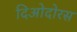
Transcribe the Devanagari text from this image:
दिओदोरस